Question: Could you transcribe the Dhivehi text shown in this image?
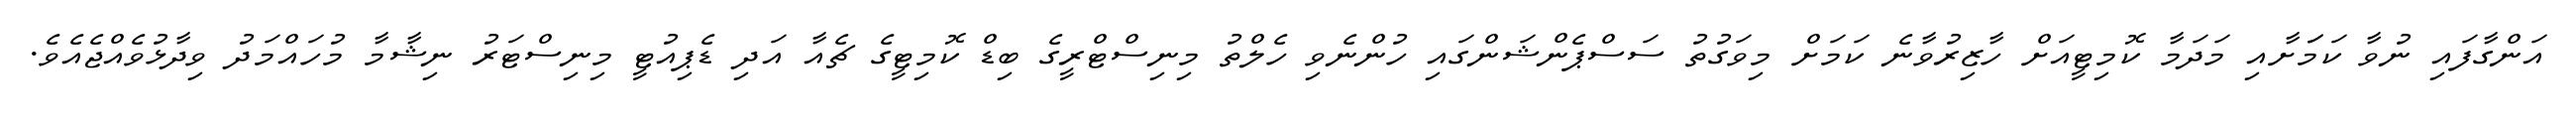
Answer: އަންގާފައި ނުވާ ކަމަަށާއި މަދަމާ ކޮމިޓީއަށް ހާޒިރުވާނެ ކަމަށް މިވަގުތު ސަސްޕެންޝަންގައި ހުންނެވި ހެލްތު މިނިސްޓްރީގެ ބިޑް ކޮމިޓީގެ ޗެއާ އަދި ޑެޕިއުޓީ މިނިސްޓަރު ނިޝާމާ މުހައްމަދު ވިދާޅުވެއްޖެއެވެ.